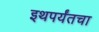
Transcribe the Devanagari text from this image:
इथपर्यंतचा